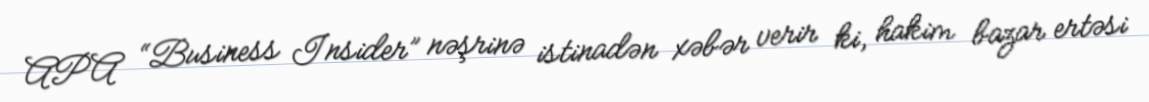
APA “Business Insider” nəşrinə istinadən xəbər verir ki, hakim bazar ertəsi